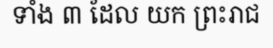
ទាំង ៣ ដែល យក ព្រះរាជ